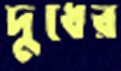
দুধের